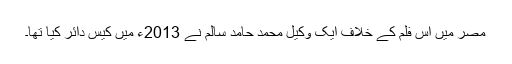
مصر میں اس فلم کے خلاف ایک وکیل محمد حامد سالم نے 2013ء میں کیس دائر کیا تھا۔